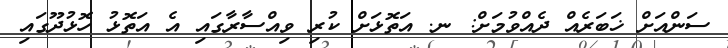
ސަންއަށް ޚަބަރެއް ދެއްވުމަށް: ނ. އަތޮޅަށް ކުރި ވިއްސާރާގައި އެ އަތޮޅު ހޮޅުދޫގައި